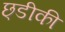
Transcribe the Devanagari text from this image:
छ्डीकी